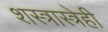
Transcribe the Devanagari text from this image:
शस्त्रास्त्रेही